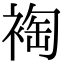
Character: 裪